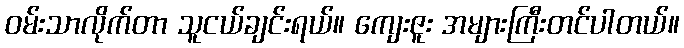
ဝမ်းသာလိုက်တာ သူငယ်ချင်းရယ်။ ကျေးဇူး အများကြီးတင်ပါတယ်။